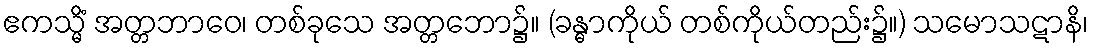
ဧကသ္မိံ အတ္တဘာဝေ၊ တစ်ခုသေ အတ္တဘော၌။ (ခန္ဓာကိုယ် တစ်ကိုယ်တည်း၌။) သမောသဋာနိ၊